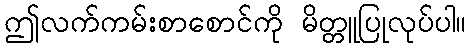
ဤလက်ကမ်းစာစောင်ကို မိတ္တူပြုလုပ်ပါ။